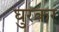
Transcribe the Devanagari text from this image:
घुरकर